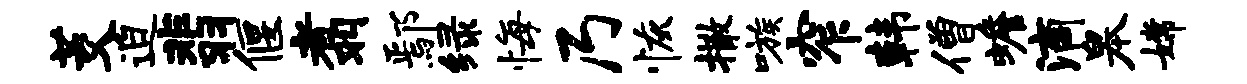
茭迫翡偃翥鄢绿悔乃恢撒嗾窄韩僧蟾滴皋嫦